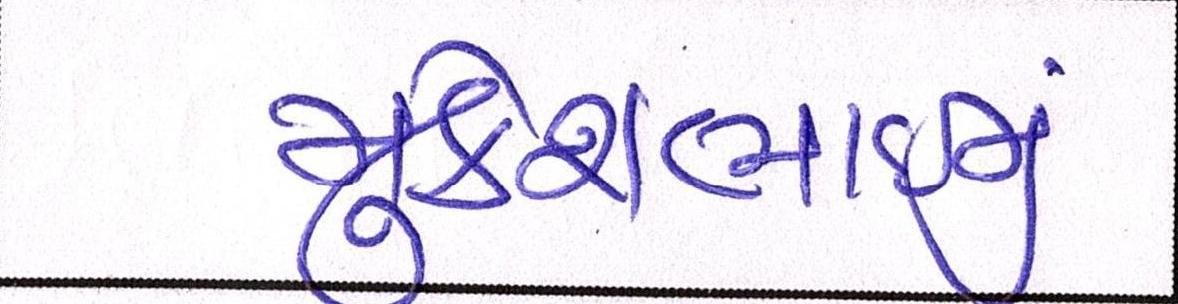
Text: મુકેશભાઈનું